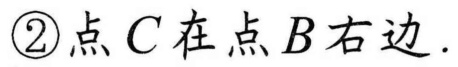
\textcircled{2}点\(C\)在点\(B\)右边.